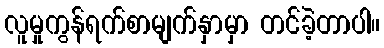
လူမှုကွန်ရက်စာမျက်နှာမှာ တင်ခဲ့တာပါ။